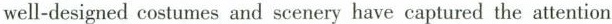
well-designed costumes and scenery have captured the attention